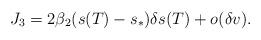
LaTeX: \begin{align*} J_3 & = 2\beta_2(s(T)-s_*)\delta s(T)+o(\delta v).\end{align*}